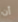
أن